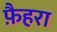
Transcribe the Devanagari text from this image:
फ़ैहरा